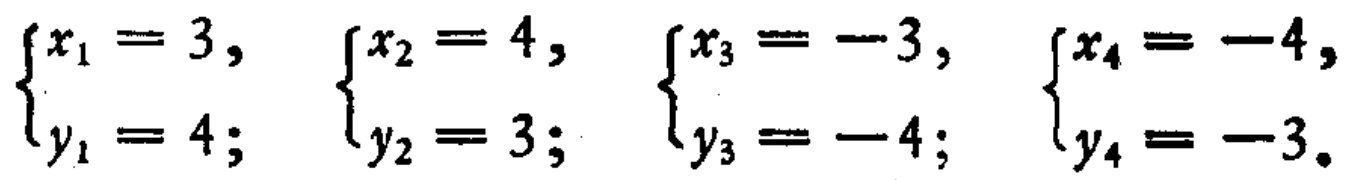
$\begin{cases}x_{1}=3,\\y_{1}=4;\end{cases}\quad\begin{cases}x_{2}=4,\\y_{2}=3;\end{cases}\quad\begin{cases}x_{3}=-3,\\y_{3}=-4;\end{cases}\quad\begin{cases}x_{4}=-4,\\y_{4}=-3.\end{cases}$